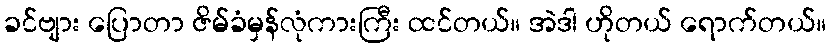
ခင်ဗျား ပြောတာ ဇိမ်ခံမှန်လုံကားကြီး ထင်တယ်။ အဲဒါ ဟိုတယ် ရောက်တယ်။